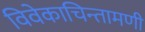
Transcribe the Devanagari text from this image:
विवेकाचिन्तामणी